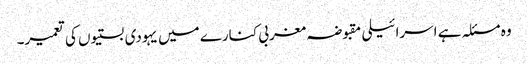
وہ مسئلہ ہے اسرائیلی مقبوضہ مغربی کنارے میں یہودی بستیوں کی تعمیر۔